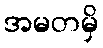
အမတမှိ